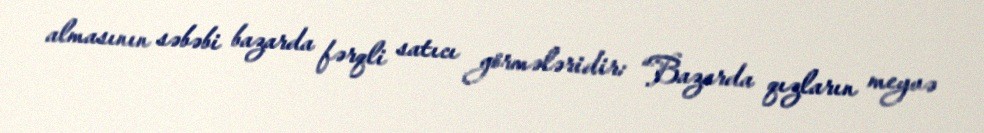
almasının səbəbi bazarda fərqli satıcı görmələridir: “Bazarda qızların meyvə